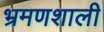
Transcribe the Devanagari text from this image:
भ्रमणशाली